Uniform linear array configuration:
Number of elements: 48
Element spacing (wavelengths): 0.25
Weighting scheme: cosine
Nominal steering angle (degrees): -60
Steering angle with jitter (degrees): -60.115
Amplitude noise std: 0.05
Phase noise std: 0.05

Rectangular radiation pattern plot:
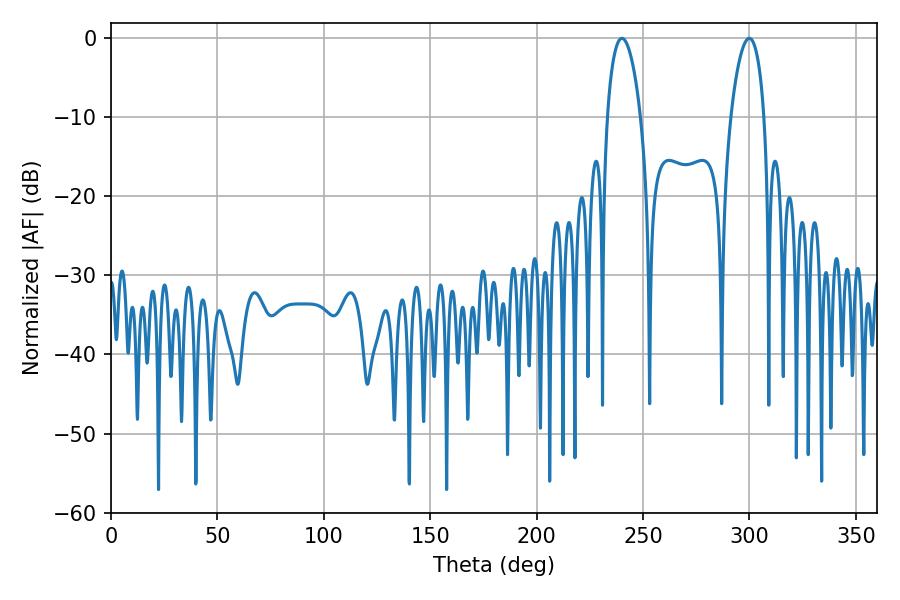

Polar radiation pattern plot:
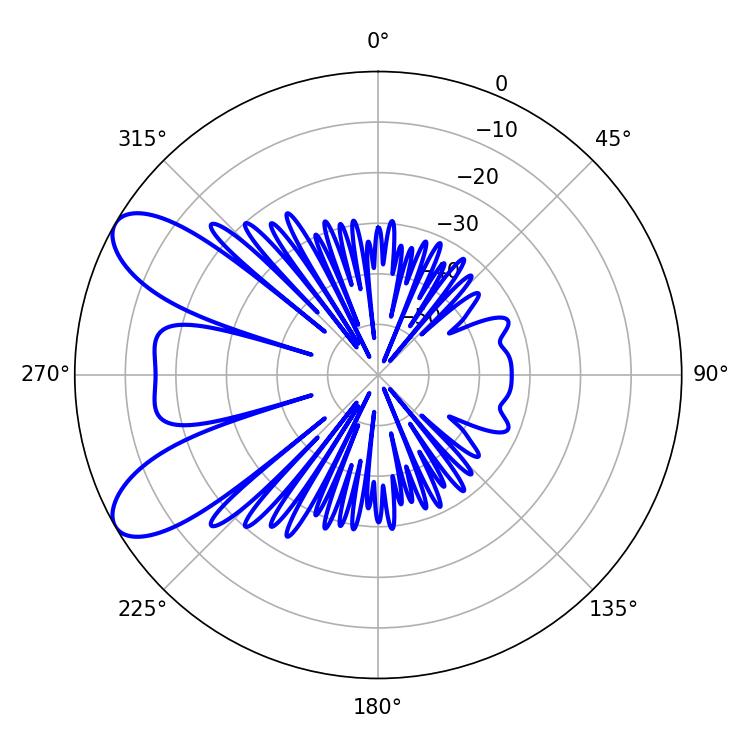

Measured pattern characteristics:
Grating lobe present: FALSE
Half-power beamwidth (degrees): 8.82
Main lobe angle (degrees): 299.88